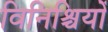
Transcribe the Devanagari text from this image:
विनिश्चियों